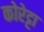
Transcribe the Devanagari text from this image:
कोरेट्टा